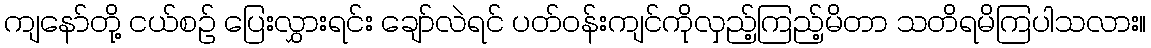
ကျနော်တို့ ငယ်စဉ် ပြေးလွှားရင်း ချော်လဲရင် ပတ်ဝန်းကျင်ကိုလှည့်ကြည့်မိတာ သတိရမိကြပါသလား။